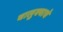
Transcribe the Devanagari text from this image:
चालुक्याचे